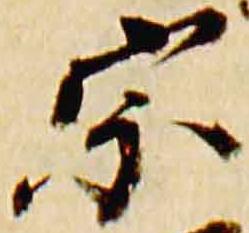
宗